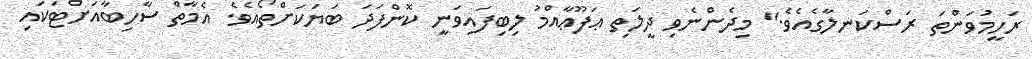
ރަހީމުވަންތަ ރަސްކަނލާގެއެވެ." މިދެންނެވި ދީލަތި ޢަފޫޢާއްމު ލިބިފައިވަނީ ކޮންފަދަ ބަޔަކަށްތޯއެވެ. އެމާތް ސާހިބާއަށްޓަކައި